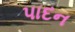
પાદન